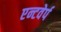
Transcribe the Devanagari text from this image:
एन्टवेर्प